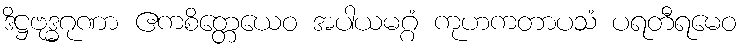
ဒိဋ္ဌဗုဒ္ဓဂုဏာ ဧကစိတ္တေယေဝ အပါယမဂ္ဂံ ကုဟကတာပသံ ပရတီရမေဝ